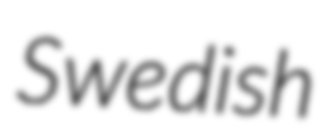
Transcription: Swedish